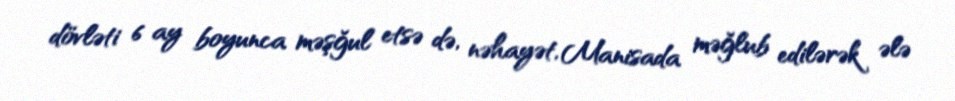
dövləti 6 ay boyunca məşğul etsə də, nəhayət, Manisada məğlub edilərək ələ